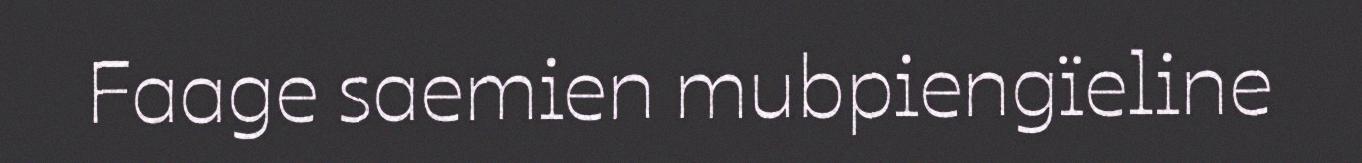
Faage saemien mubpiengïeline